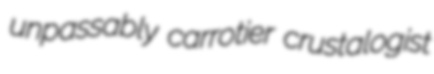
unpassably carrotier crustalogist